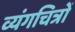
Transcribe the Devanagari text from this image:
व्यंगचित्रों